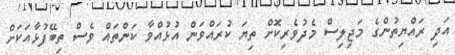
އަދި ރައްޔިތުންގެ މަޖިލިސް މެދުވެރިކޮށް ތިޔަ ކުރައްވަން އުޅުއްވާ ކަންތައް ވެސް ތިބޭފުޅާއަކަށް